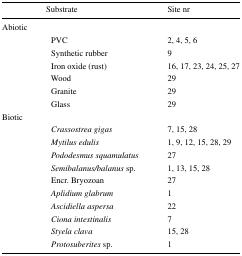
|  | Substrate | Site nr |
 | --- | --- | --- |
 | <COLSPAN=3> Abiotic |
 |  | PVC | 2, 4, 5, 6 |
 |  | Synthetic rubber | 9 |
 |  | Iron oxide (rust) | 16, 17, 23, 24, 25, 27 |
 |  | Wood | 29 |
 |  | Granite | 29 |
 |  | Glass | 29 |
 | <COLSPAN=3> Biotic |
 |  | Crassostrea gigas | 7, 15, 28 |
 |  | Mytilus edulis | 1, 9, 12, 15, 28, 29 |
 |  | Pododesmus squamulatus | 27 |
 |  | Semibalanus/balanus sp. | 1, 13, 15, 28 |
 |  | Encr. Bryozoan | 27 |
 |  | Aplidium glabrum | 1 |
 |  | Ascidiella aspersa | 22 |
 |  | Ciona intestinalis | 7 |
 |  | Styela clava | 15, 28 |
 |  | Protosuberites sp. | 1 |